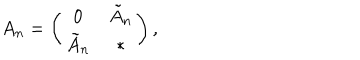
A _ { n } = \left( \begin{array} { c c } { { 0 } } & { { \tilde { A } _ { n } } } \\ { { \tilde { A } _ { n } } } & { { * } } \\ \end{array} \right) ,